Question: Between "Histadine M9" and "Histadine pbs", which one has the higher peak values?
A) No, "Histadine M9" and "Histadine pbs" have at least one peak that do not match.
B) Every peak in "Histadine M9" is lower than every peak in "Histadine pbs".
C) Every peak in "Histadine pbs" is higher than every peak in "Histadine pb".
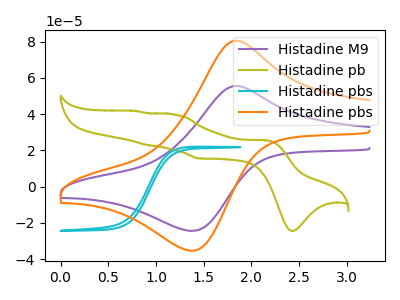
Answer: <think>The purple curve "Histadine M9" has an anodic peak at (1.85V, 55.55uA) and a cathodic peak at (1.35V, -24.35uA). The olive curve "Histadine pb" has anodic peaks at (2.15V, 25.65uA) (1.20V, 39.80uA) (0.90V, 23.00uA) (0.80V, 41.75uA) and cathodic peaks at (2.40V, -24.35uA) (1.45V, 15.55uA). The cyan curve "Histadine pbs" has no peaks. The orange curve "Histadine pbs" has an anodic peak at (1.85V, 80.50uA) and a cathodic peak at (1.35V, -35.30uA).</think>
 <answer>B) Every peak in "Histadine M9" is lower than every peak in "Histadine pbs".</answer>
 <eval>B</eval>